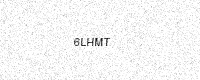
Text: 6LHMT